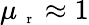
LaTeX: \mu_{\mathrm{~\scriptsize~r~}}\approx 1